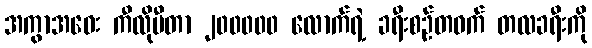
အကွာအဝေး ကီလိုမီတာ ၂၀၀၀၀၀ လောက်ရဲ့ ခရီးစဉ်တဝက် တလခရီးကို